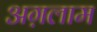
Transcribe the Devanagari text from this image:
अग़लाम